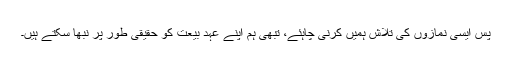
پس ایسی نمازوں کی تلاش ہمیں کرنی چاہئے، تبھی ہم اپنے عہدِ بیعت کو حقیقی طور پر نبھا سکتے ہیں۔